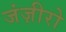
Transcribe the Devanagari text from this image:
जंज़ीरो